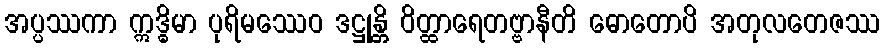
အပ္ပဿကာ ဣဒ္ဓိမာ ပုရိမဿေဝ ဒဋ္ဌုန္တိ ဝိတ္ထာရေတဗ္ဗာနီတိ ဓောတောပိ အတုလတေဇဿ